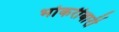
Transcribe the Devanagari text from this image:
भोकरीबारी